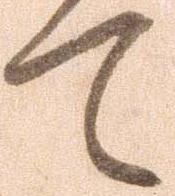
て